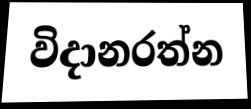
විදානරත්න